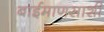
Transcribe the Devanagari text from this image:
बाईमाणसाशी